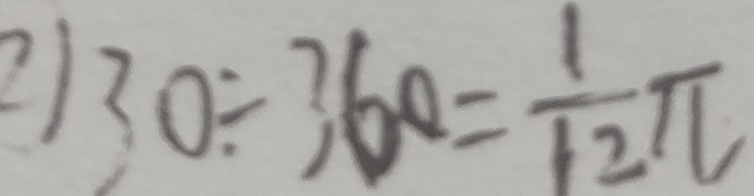
2 ) 3 0 \div 3 6 0 = \frac { 1 } { 1 2 } \pi